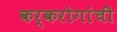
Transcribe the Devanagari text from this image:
कर्करोगांची